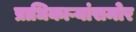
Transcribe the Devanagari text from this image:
प्राधिकाऱ्यांसमोर